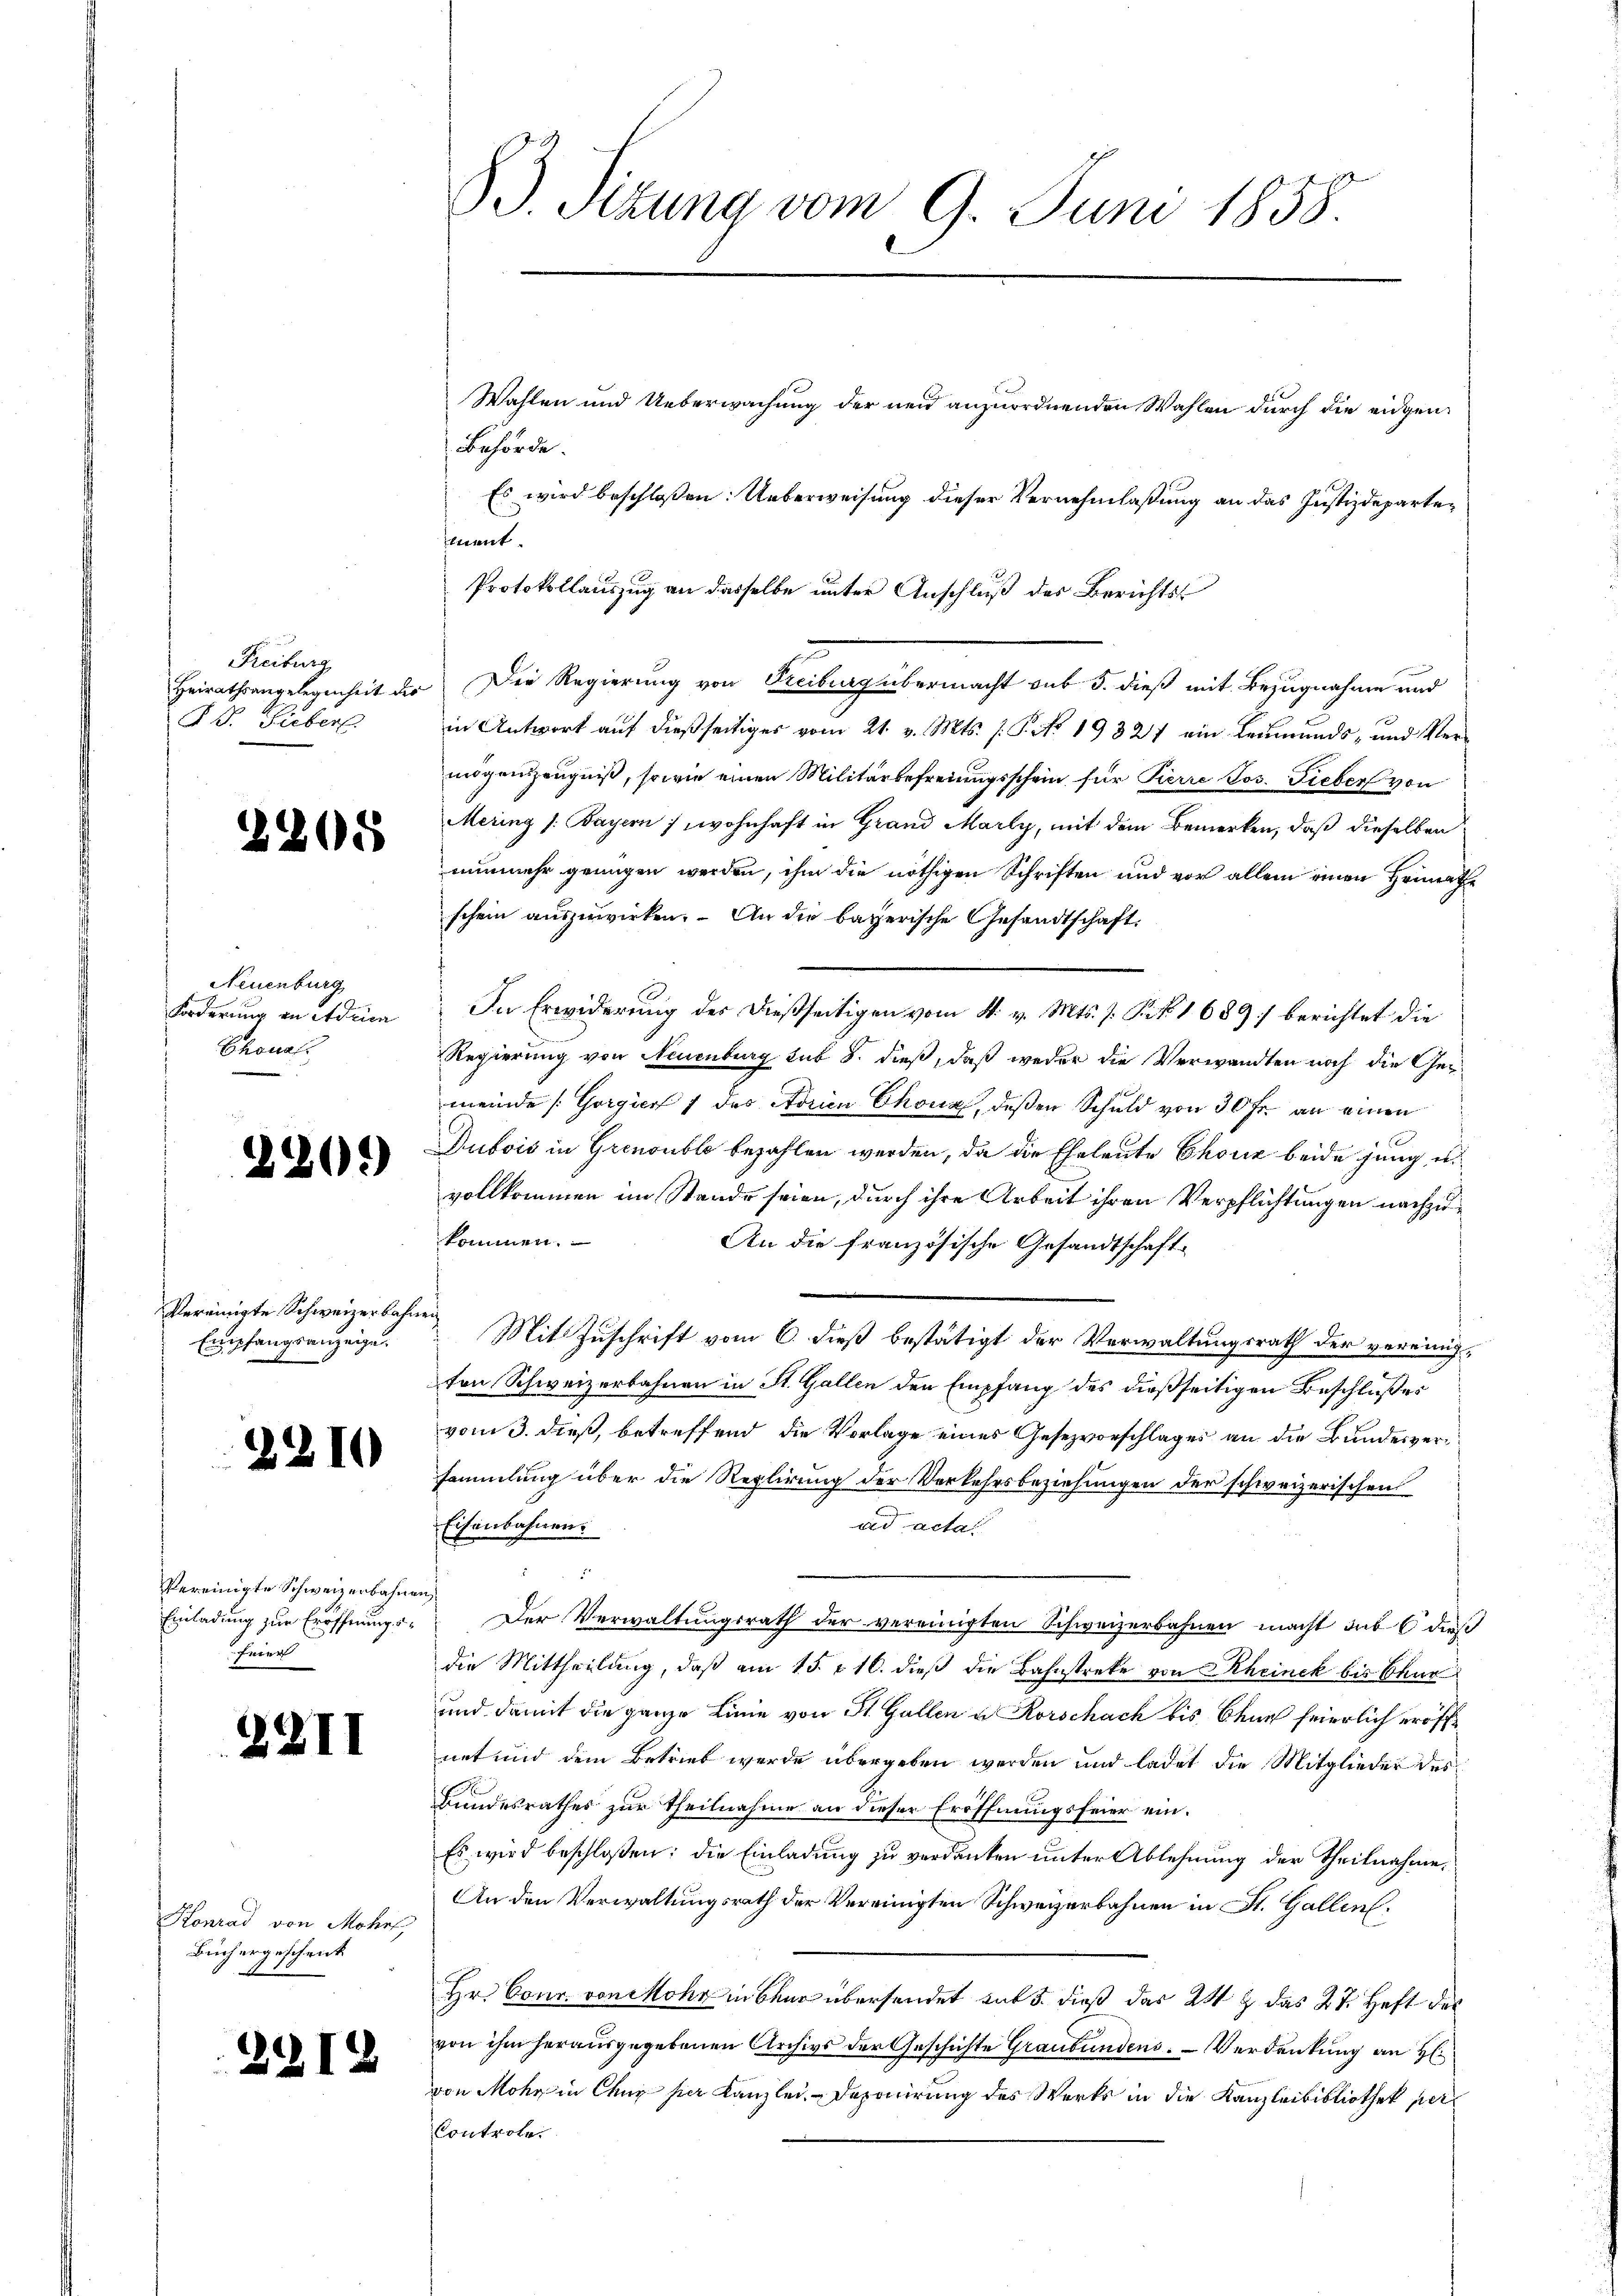
Freiburg,
Heirathsangelegenheit des
IV. Hiebers

c

205

Neuenburg
Forderung an Admin
Chonal

220)

Vereinigte Schweizerbahnen
Empfangsanzeige.

2210

Vereinigte Schweizerbahnen
Feier

22II

Konrad von Mohr,
Buch ergeschenk

2912

83. Sizung vom 9. Juni 1858.

Behörde.
ment.
Die Regierung von Freibung übermacht aus 5. dieß mit Bezugnahme und
in Antwort auf dießseitiges vom 21. v. Mts. f. P. No 1932 ein Leumunds- und Vermögenszeugniß, sowie einen Militärbefreiungsschein für Pierre Jos. Fieber von
Mering (: Bayern / wohnhaft in Grand Marly, mit dem Bemerken, daß dieselben
nunmehr genügen werden, ihm die nöthigen Schriften und vor allem einen Heimathe
schein auszuwirken. An die bayerische Gesandtschaft.
In Erwiderung der dießseitigen vom 4. v. Mts. s. Frk. 1689) berichtet die
Regierung von Neuenburg sub 8. dieß, daß weder die Verwandten noch die Gemeinde Gorgier 1 des Aorien Chona, deßen Schuld von 30 fr. an einen
Dubois in Grenoublo bezahlen werden, da die Eheleute Chouz beide jung u.
vollkommen im Stande seien, durch ihre Arbeit ihren Verpflichtungen nachzukommen.
An die französische Gesandtschaft
Mit Zuschrift vom 6. dieß bestätigt der Verwaltungsrath der vereinigton Schweizerbahnen in St. Gallen den Empfang des dießseitigen Beschlußes
vom 3. dieß, betreffend, die Vorlage eines Gesezvorschlages an die Bundesversammlung über die Replirung der Verkehrsbeziehungen der schweizerischen
ad acta
Eisenbahnen.
.
Einladung zur Eröffnungs- Der Verwaltungsrath der vereinigten Schweizerbahnen macht sub 6 dieß
die Mittheilung, daß am 15. 10. dieß die Bahnstreke von Rheinek bis Chur
und damit die ganze Linie von St. Gallen u. Korschach bis Chur feierlich eröff
net und dem Betrieb werde übergeben werden und ladet die Mitglieder des
Bundesrathes zur Theilnahme an dieser Eröffnungsfeier ein¬
Es wird beschloßen: die Einladung zu verdanken unter Ablehnung der Theilnahme,
An den Verwaltungsrath der Vereinigten Schweizerbahnen in St. Gallen.
Hr. Conr. von Mohr in Baur übersendet mit 5. dieß das 24 t das 27. Heft des
von ihm herausgegebenen Archivs der Geschichte Graubündens. Verdankung an H
von Mohr in Chur per Kanzlei-Deponirung des Werks in die Kanzleibibliothek per
Controle.

Wahlen und Ueberwachung der neu anzuordnenden Wahlen durch die eidgen¬
Es wird beschloßen: Ueberweisung dieser Vernehmlaßung an das Justizdeparte¬

Protokollauszug an dasselbe unter Anschluß des Berichts¬